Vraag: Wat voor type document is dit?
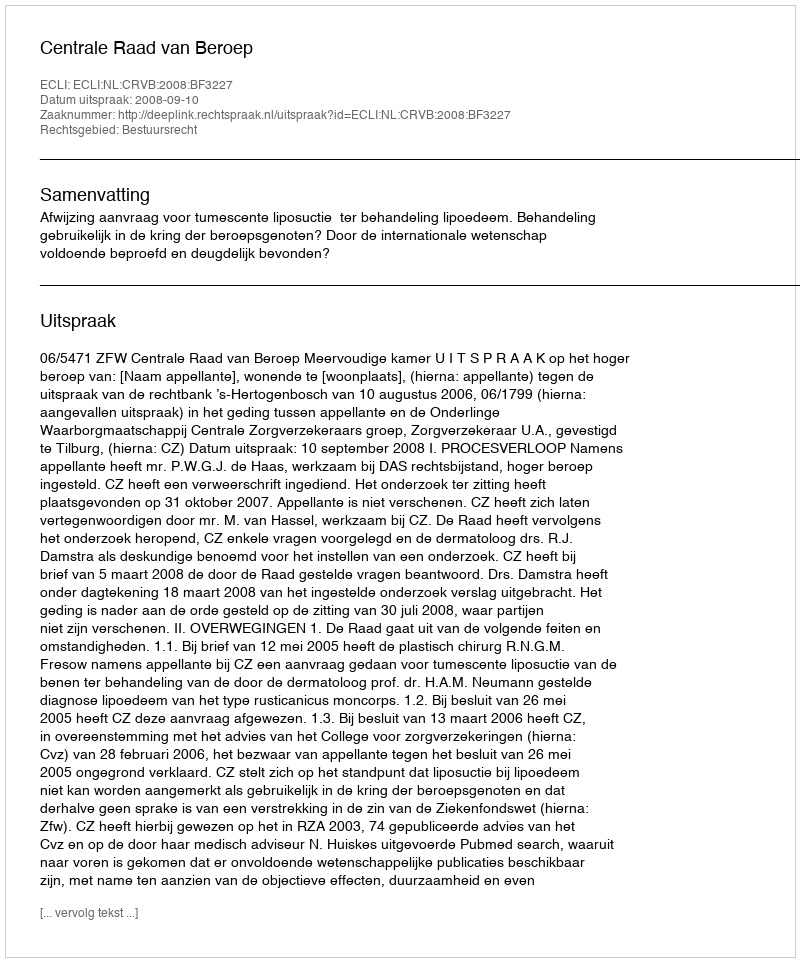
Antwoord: Uitspraak